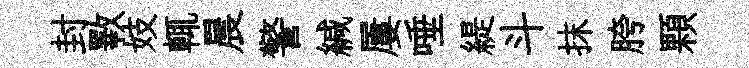
封斁妓輒晨警緘屢唾緹斗抹胯顆